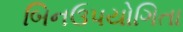
બિનઉપયોગિતા